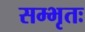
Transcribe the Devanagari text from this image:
सम्भृतः